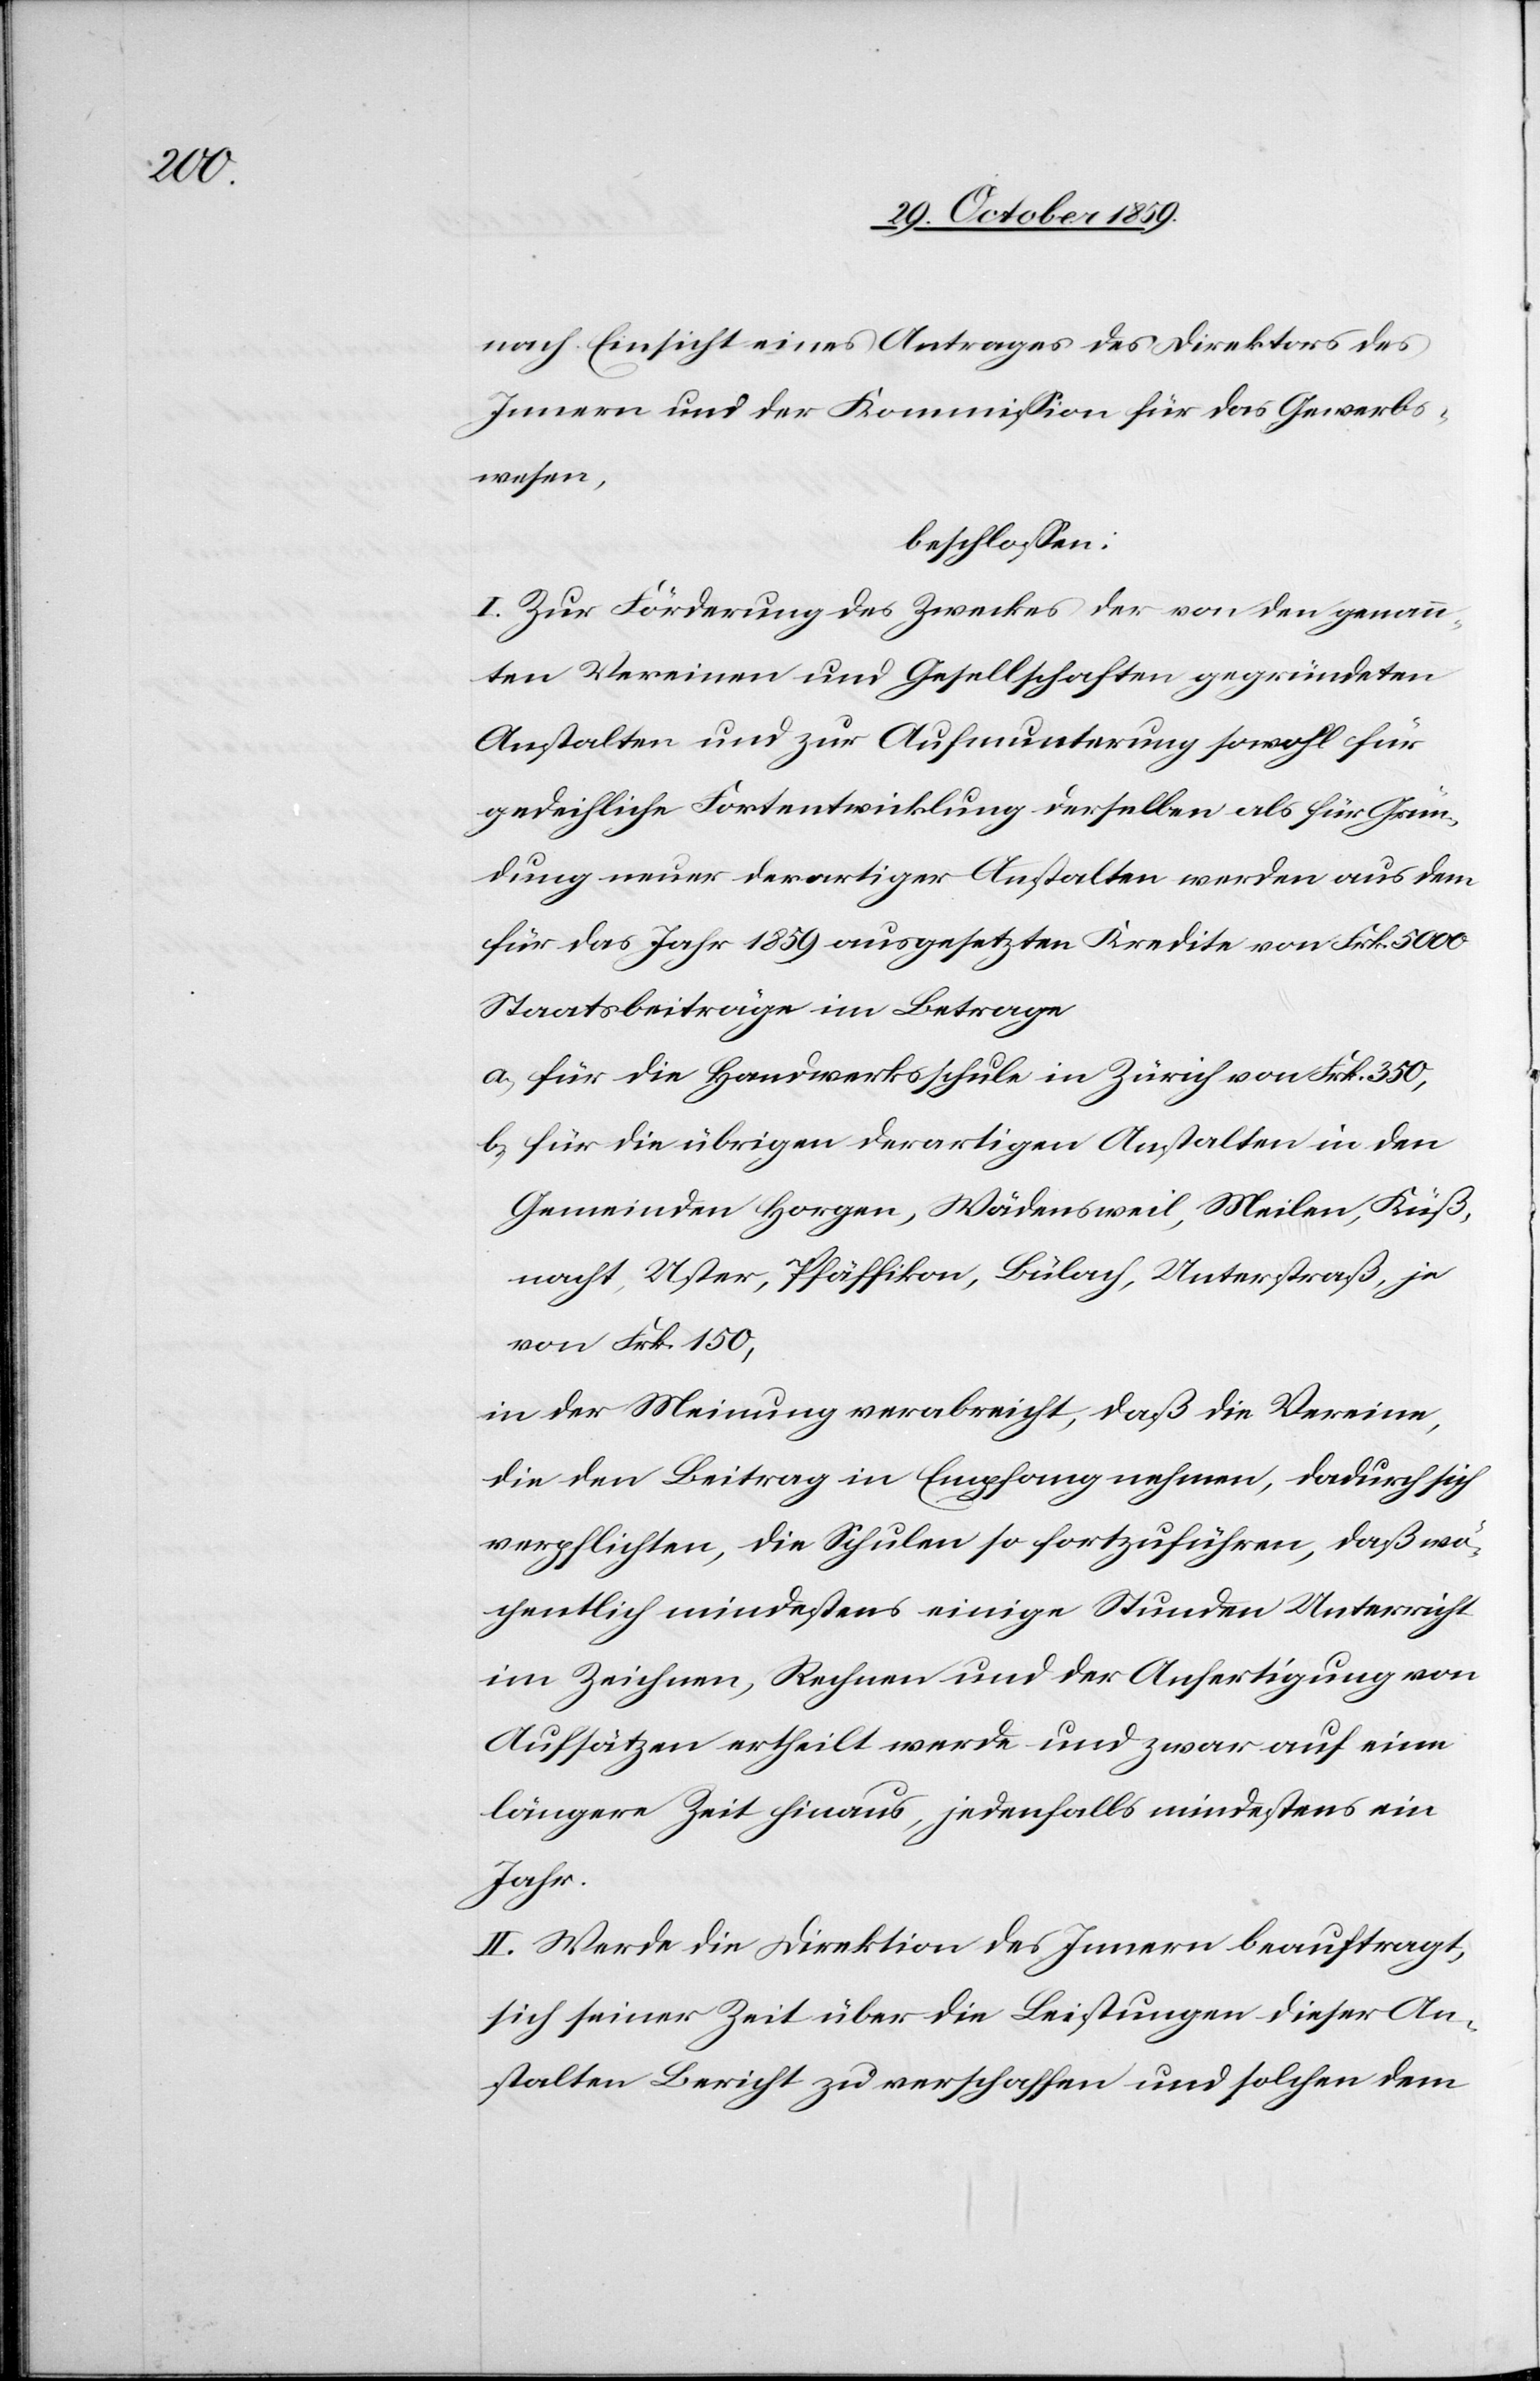
nach Einsicht eines Antrages des Direktors des
Innern und der Kommission für das Gewerbs¬
wesen,
beschlossen:
I. Zur Förderung des Zweckes der von den genann¬
ten Vereinen und Gesellschaften gegründeten
Anstalten und zur Aufmunterung sowohl für
gedeihliche Fortentwicklung derselben als für Grün¬
dung neuer derartiger Anstalten werden aus dem
für das Jahr 1859 ausgesetzten Kredite von Frk. 5000
Staatsbeiträge im Betrage
a) für die Handwerksschule in Zürich von Frk. 350,
b) für die übrigen derartigen Anstalten in den
Gemeinden Horgen, Wädensweil, Meilen, Küß¬
nacht, Uster, Pfäffikon, Bülach, Unterstraß, je
von Frk. 150,
in der Meinung verabreicht, daß die Vereine,
die den Beitrag in Empfang nehmen, dadurch sich
verpflichten, die Schulen so fortzuführen, daß wö¬
chentlich mindestens einige Stunden Unterricht
im Zeichnen, Rechnen und der Anfertigung von
Aufsätzen ertheilt werde und zwar auf eine
längere Zeit hinaus, jedenfalls mindestens ein
Jahr.
II. Werde die Direktion des Innern beauftragt,
sich seiner Zeit über die Leistungen dieser An¬
stalten Bericht zu verschaffen und solchen dem